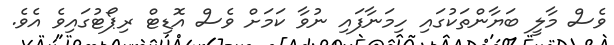
ވެސް މާލީ ބަޔާންތަކުގައި ހިމަނާފައި ނުވާ ކަމަށް ވެސް އޮޑިޓް ރިޕޯޓުގައިވެ އެވެ.